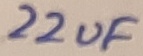
Text: 22uF